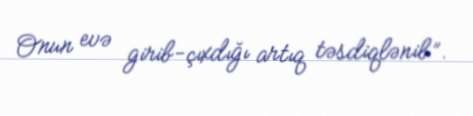
Onun evə girib-çıxdığı artıq təsdiqlənib”.